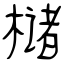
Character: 槠